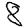
Digit: 8